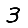
Digit: 3